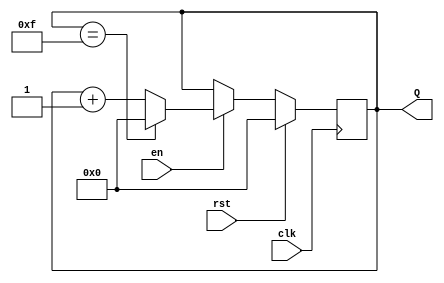
module up_counter_with_enable (
    input wire clk,      // Clock input
    input wire en,       // Enable input
    input wire rst,      // Synchronous reset input
    output reg [3:0] Q   // 4-bit output for count value
);

// Maximum count value for a 4-bit counter
localparam MAX_COUNT = 4'b1111; // 15 in decimal

// Always block for synchronous operation
always @(posedge clk) begin
    if (rst) begin
        // Reset the counter to 0
        Q <= 4'b0000;
    end else if (en) begin
        // Increment the counter if enabled
        if (Q == MAX_COUNT) begin
            Q <= 4'b0000; // Wrap around to 0
        end else begin
            Q <= Q + 1; // Increment the counter
        end
    end
    // If en is low, retain the current value of Q
end

endmodule